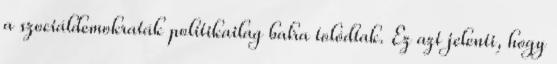
a szociáldemokraták politikailag balra tolódtak. Ez azt jelenti, hogy